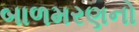
બાળમરણનો